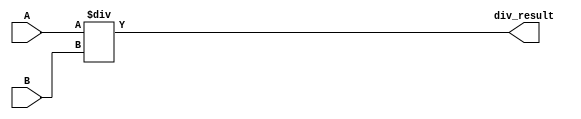
module DIV (
	input wire [7:0] A,
	input wire [7:0] B,
	output wire [8:0] div_result
);

assign div_result = A / B;

endmodule